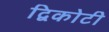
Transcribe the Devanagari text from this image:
द्विकोटी